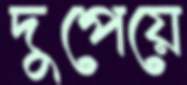
দুপেয়ে